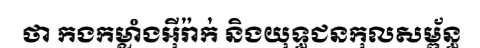
ថា កងកម្លាំងអ៊ីរ៉ាក់ និងយុទ្ធជនកុលសម្ព័ន្ធ